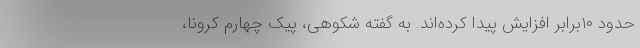
حدود ۱۰برابر افزایش پیدا کرده‌اند. به‌ گفته شکوهی، پیک چهارم کرونا،